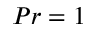
P r = 1